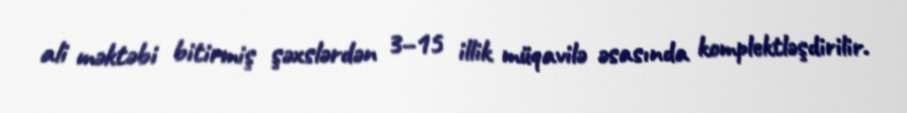
ali məktəbi bitirmiş şəxslərdən 3–15 illik müqavilə əsasında komplektləşdirilir.